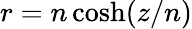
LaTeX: r=n\cosh(z/n)